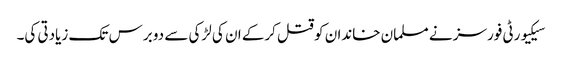
سیکیورٹی فورسز نے مسلمان خاندان کو قتل کرکے ان کی لڑکی سے دو برس تک زیادتی کی۔